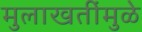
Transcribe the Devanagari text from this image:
मुलाखतींमुळे